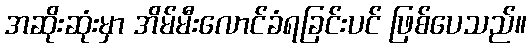
အဆိုးဆုံးမှာ အိမ်မီးလောင်ခံရခြင်းပင် ဖြစ်ပေသည်။